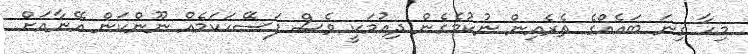
މިހާ ގިނަ ބައެއްގެ ތެރެއިން ނުކުމެގެން ދިއުމަކީ ވެސް ފަސޭހަކަމެއް ނޫންކަން އޭނާއަށް